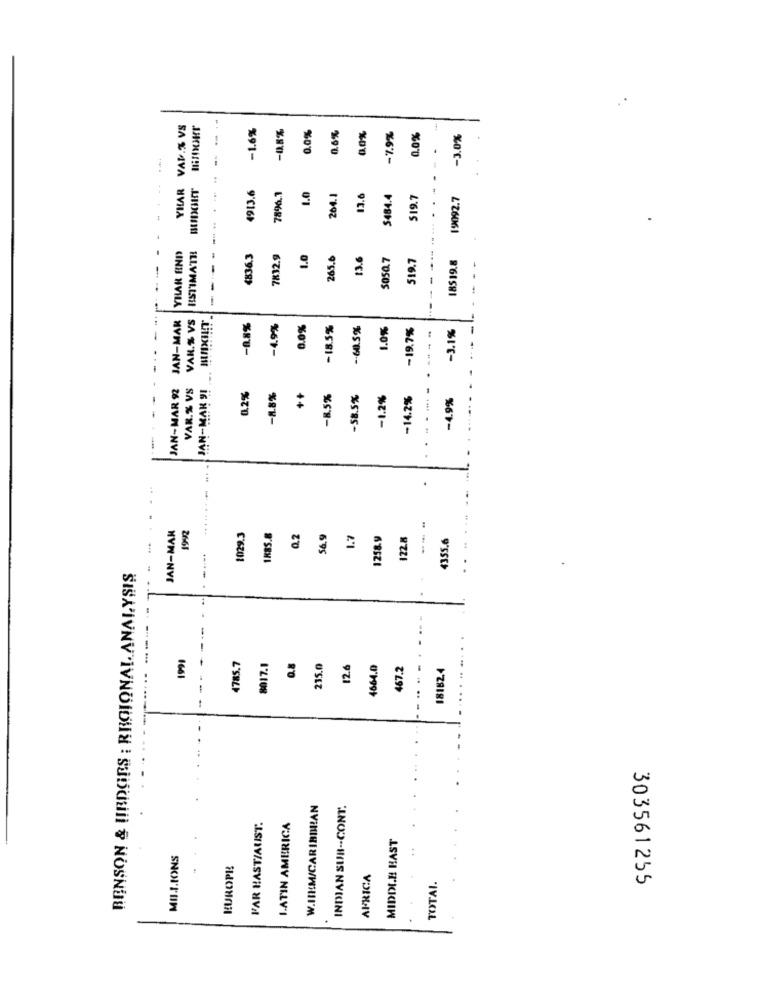
VAN.% VS
-1.6%
-0.5%
0.0%
0.6%
0.0%
-7.9%
0.0%
-3.0%
--
YHAR
4913.6
1.0
7896.1
264.1
13.6
$484.4
519.7
. ..
19092.7
YHAR END
HISTIMATHI
4836.3
7832.9
1.0
265.6
13.6
5050.7
519.7
18519.8
JAN-MAR
VAN.% VS
JAN-MAK !! . HUNNCIHT
-0.8%
-4.9%
0.0%
-18.5%
-- 60.5 %
1.0%
-19.7%
-3.1%
JAN-MAR 92
VAR.% VS
0.2%
-8.8%
++
-8.5%
-58.5%
-1.2%
-14.2%
-4.9%
-- -
JAN-MAN
192
1029.3
1K85.8
0.2
56.9
1.7
1258.9
122.8
4355.6
...
BENSON & HIRDORS : REGIONAL ANALYSIS
1999
4785.7
8017.1
0.8
235.0
12.6
4664.0
467.2
18182.4
W.IIKM/CARIBBEAN
INDIAN SUB -- CONT.
FAR HAST/AUST.
LATIN AMERICA
MIDDI.E BAST
MILLIONS
EUROPE
AFRICA
TOTAL.
303561255